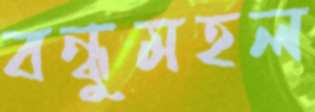
বন্ধুমহল